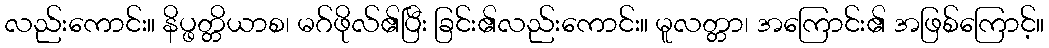
လည်းကောင်း။ နိပ္ဖတ္တိယာစ၊ မဂ်ဖိုလ်၏ပြီး ခြင်း၏လည်းကောင်း။ မူလတ္တာ၊ အကြောင်း၏ အဖြစ်ကြောင့်။